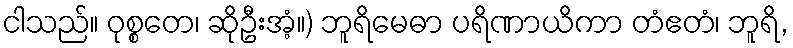
ငါသည်။ ဝုစ္စတေ၊ ဆိုဦးအံ့။) ဘူရိမေဓာ ပရိဏာယိကာ တံဧတံ၊ ဘူရိ,